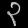
Digit: ၃